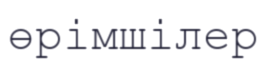
өрімшілер